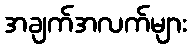
အချက်အလက်များ